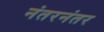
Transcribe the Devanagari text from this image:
नंतरनंतर